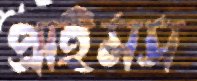
প্রাইমস